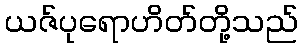
ယဇ်ပုရောဟိတ်တို့သည်